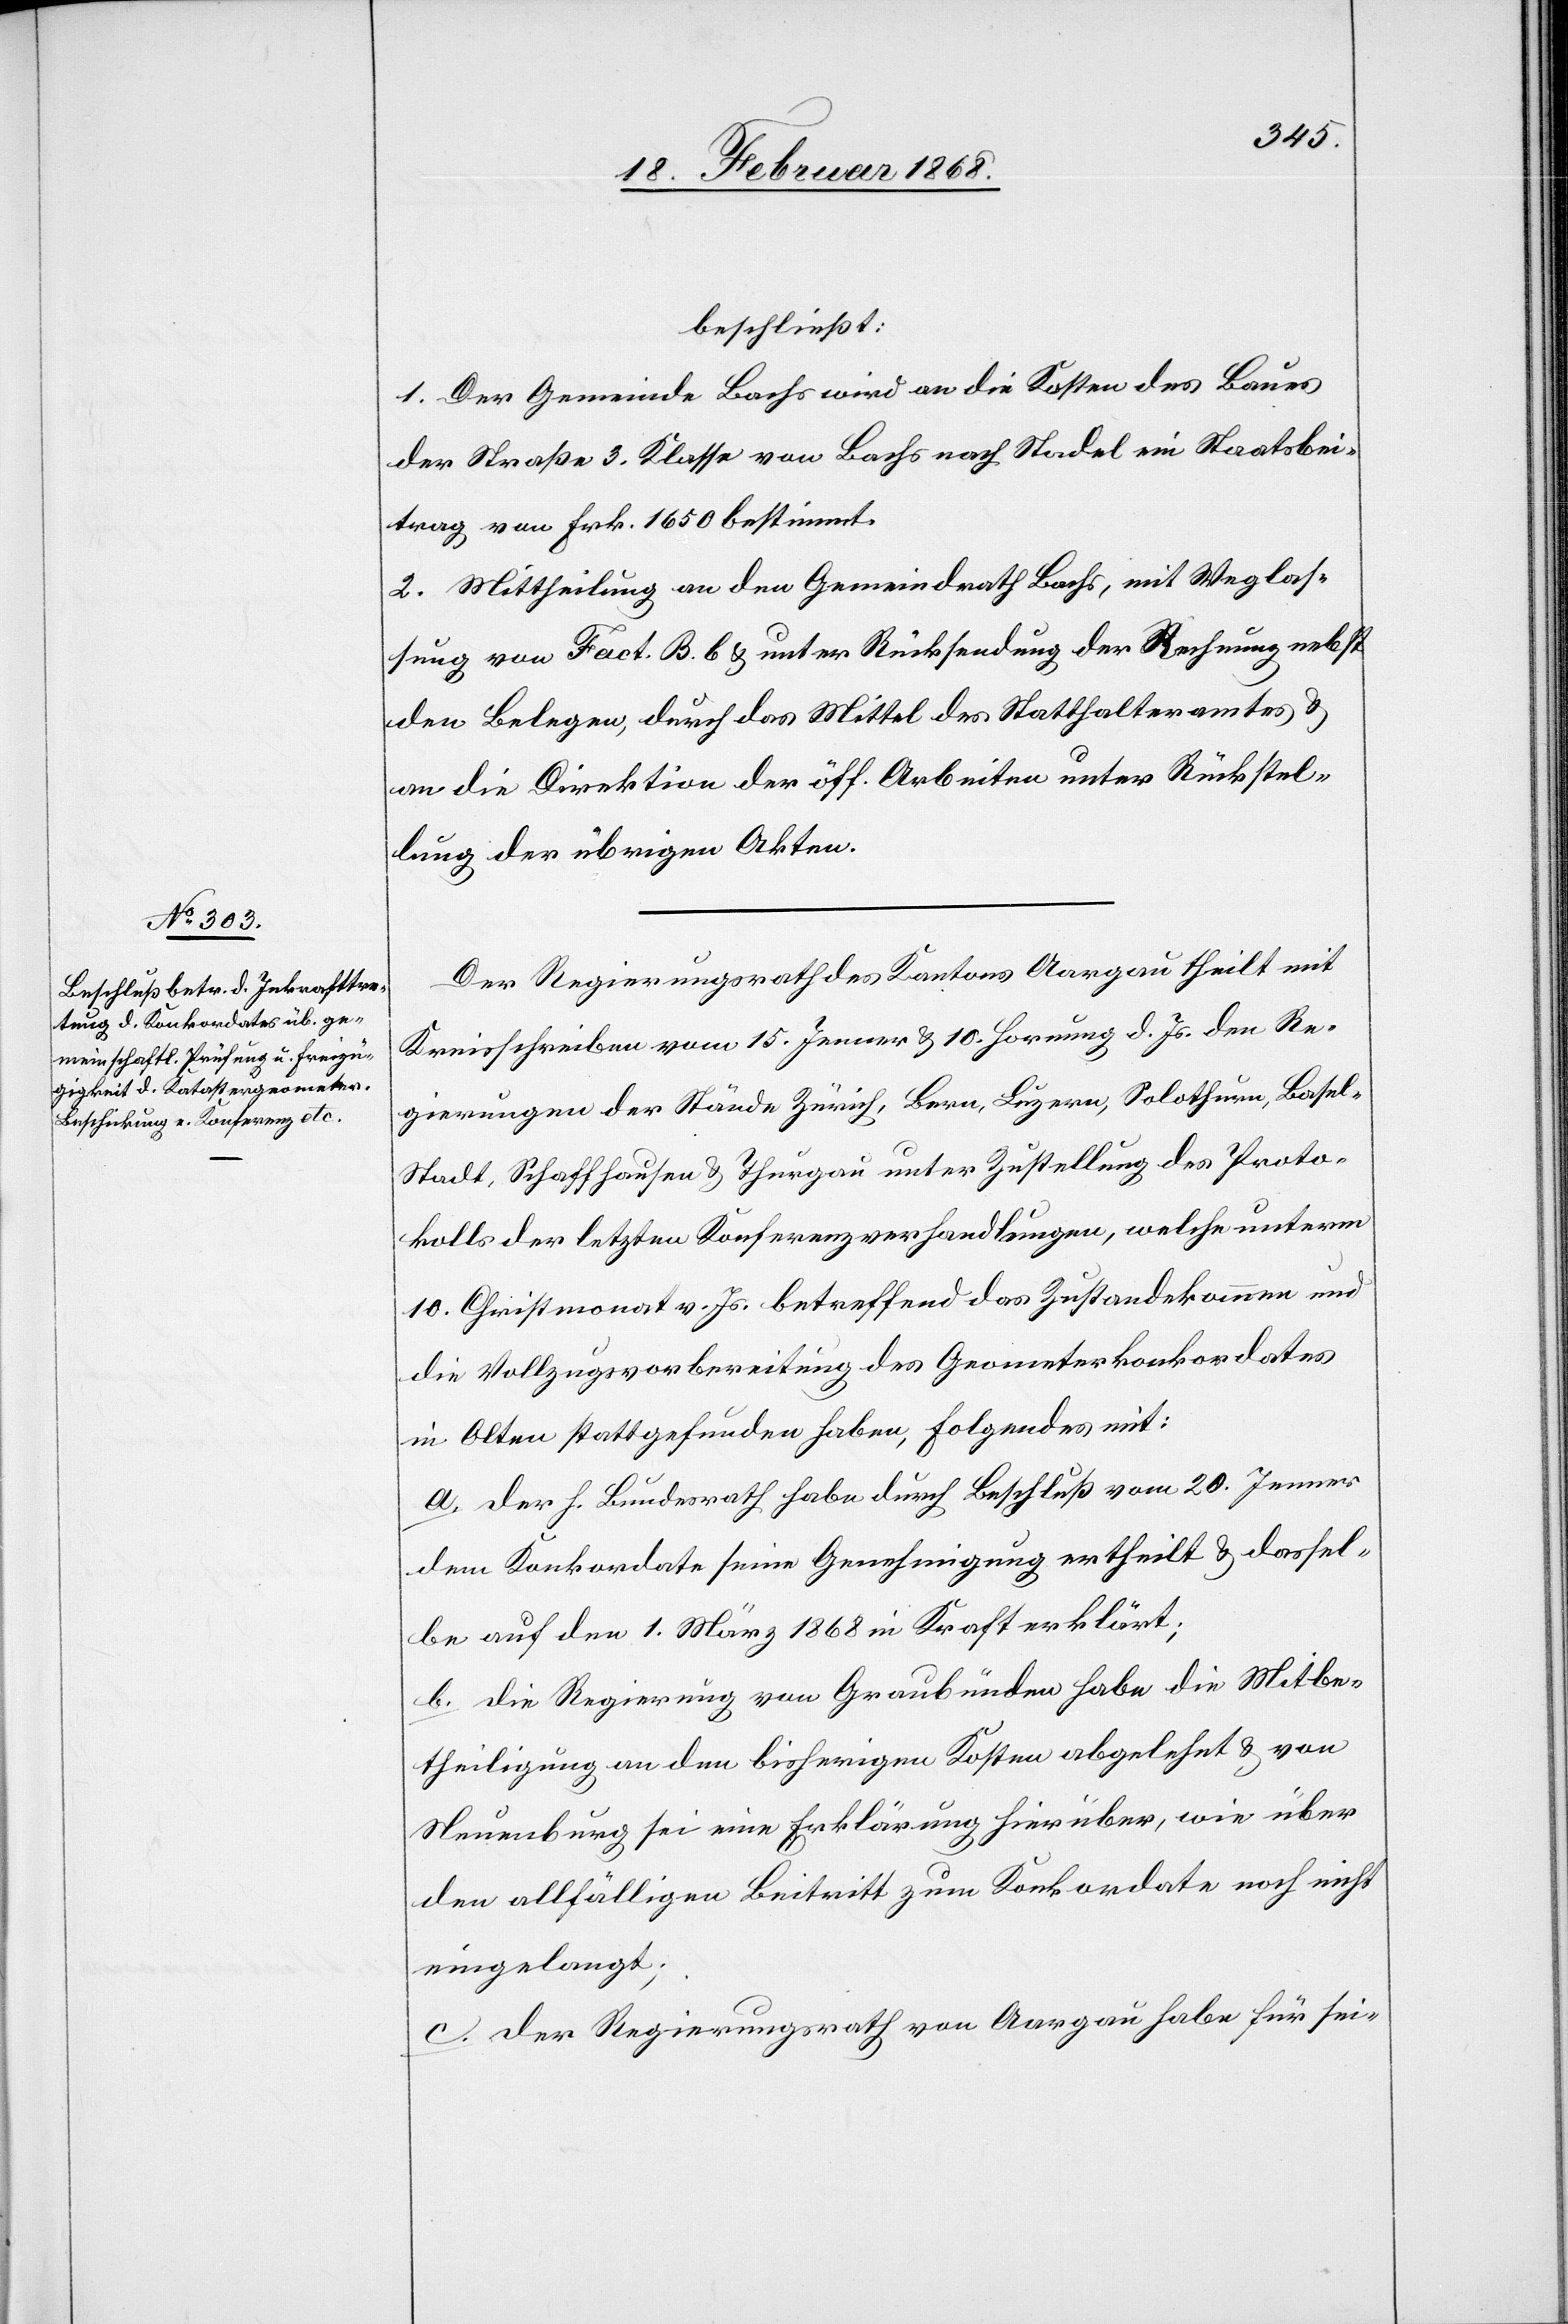
beschließt:
1. Der Gemeinde Bachs wird an die Kosten des Baues
der Straße 3. Klasse von Bachs nach Stadel ein Staatsbei¬
trag von Frk. 1650 bestimmt.
2. Mittheilung an den Gemeindrath Bachs, mit Weglas¬
sung von Fact. B. b & unter Rücksendung der Rechnung nebst
den Belegen, durch das Mittel des Statthalteramtes &
an die Direktion der öff. Arbeiten unter Rückstel¬
lung der übrigen Akten.
Der Regierungsrath des Kantons Aargau theilt mit
Kreisschreiben vom 15. Jenner & 10. Hornung d. Js. den Re¬
gierungen der Stände Zürich, Bern, Luzern, Solothurn, Basel-S¬
tadt, Schaffhausen & Thurgau unter Zustellung des Proto¬
kolls der letzten Konferenzverhandlungen, welche unterm
10. Christmonat v. Js. betreffend das Zustandekommen und
die Vollzugsvorbereitung des Geometerkonkordates
in Olten stattgefunden haben, Folgendes mit:
a. Der h. Bundesrath habe durch Beschluß vom 20. Jenner
dem Konkordate seine Genehmigung ertheilt & dassel¬
be auf den 1. März 1868 in Kraft erklärt;
b. Die Regierung von Graubünden habe die Mitbe¬
theiligung an den bisherigen Kosten abgelehnt & von
Neuenburg sei eine Erklärung hierüber, wie über
den allfälligen Beitritt zum Konkordate noch nicht
eingelangt;
c. Der Regierungsrath von Aargau habe für sei-